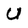
Character: U